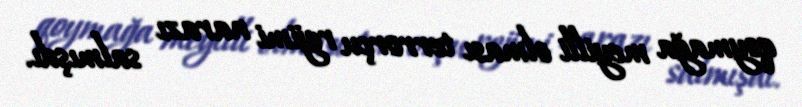
qoymağa meyilli olması terrorçu rejimi narazı salmışdı.